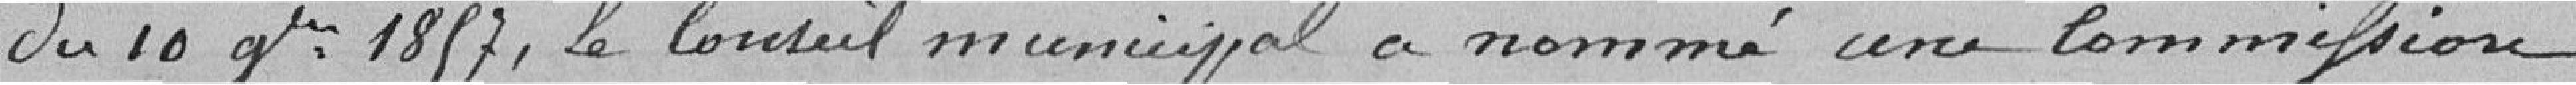
du 10 novembre 1857 le conseil municipal a nommé une commission